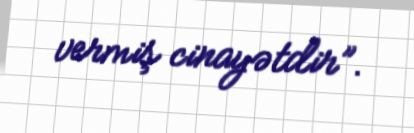
vermiş cinayətdir”.